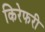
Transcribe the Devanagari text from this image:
किरेफरी